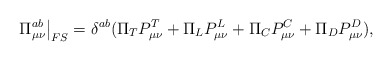
\begin{align*}\left.\Pi^{ab}_{\mu\nu} \right |_{FS}=\delta^{ab}(\Pi_{T} P_{\mu\nu}^T + \Pi_{L} P_{\mu\nu}^L+\Pi_{C} P_{\mu\nu}^C + \Pi_{D} P_{\mu\nu}^D),\end{align*}